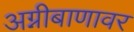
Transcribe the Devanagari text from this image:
अग्नीबाणावर